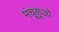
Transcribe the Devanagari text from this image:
मंचूकूओ